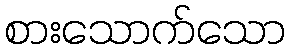
စားသောက်သော